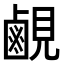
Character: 𬸳